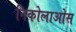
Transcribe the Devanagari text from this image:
निकोलाओस